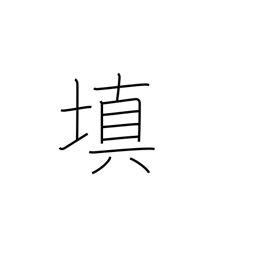
Meaning: fill in